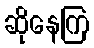
ဆိုနေကြ